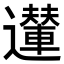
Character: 𨘪